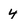
Character: 4